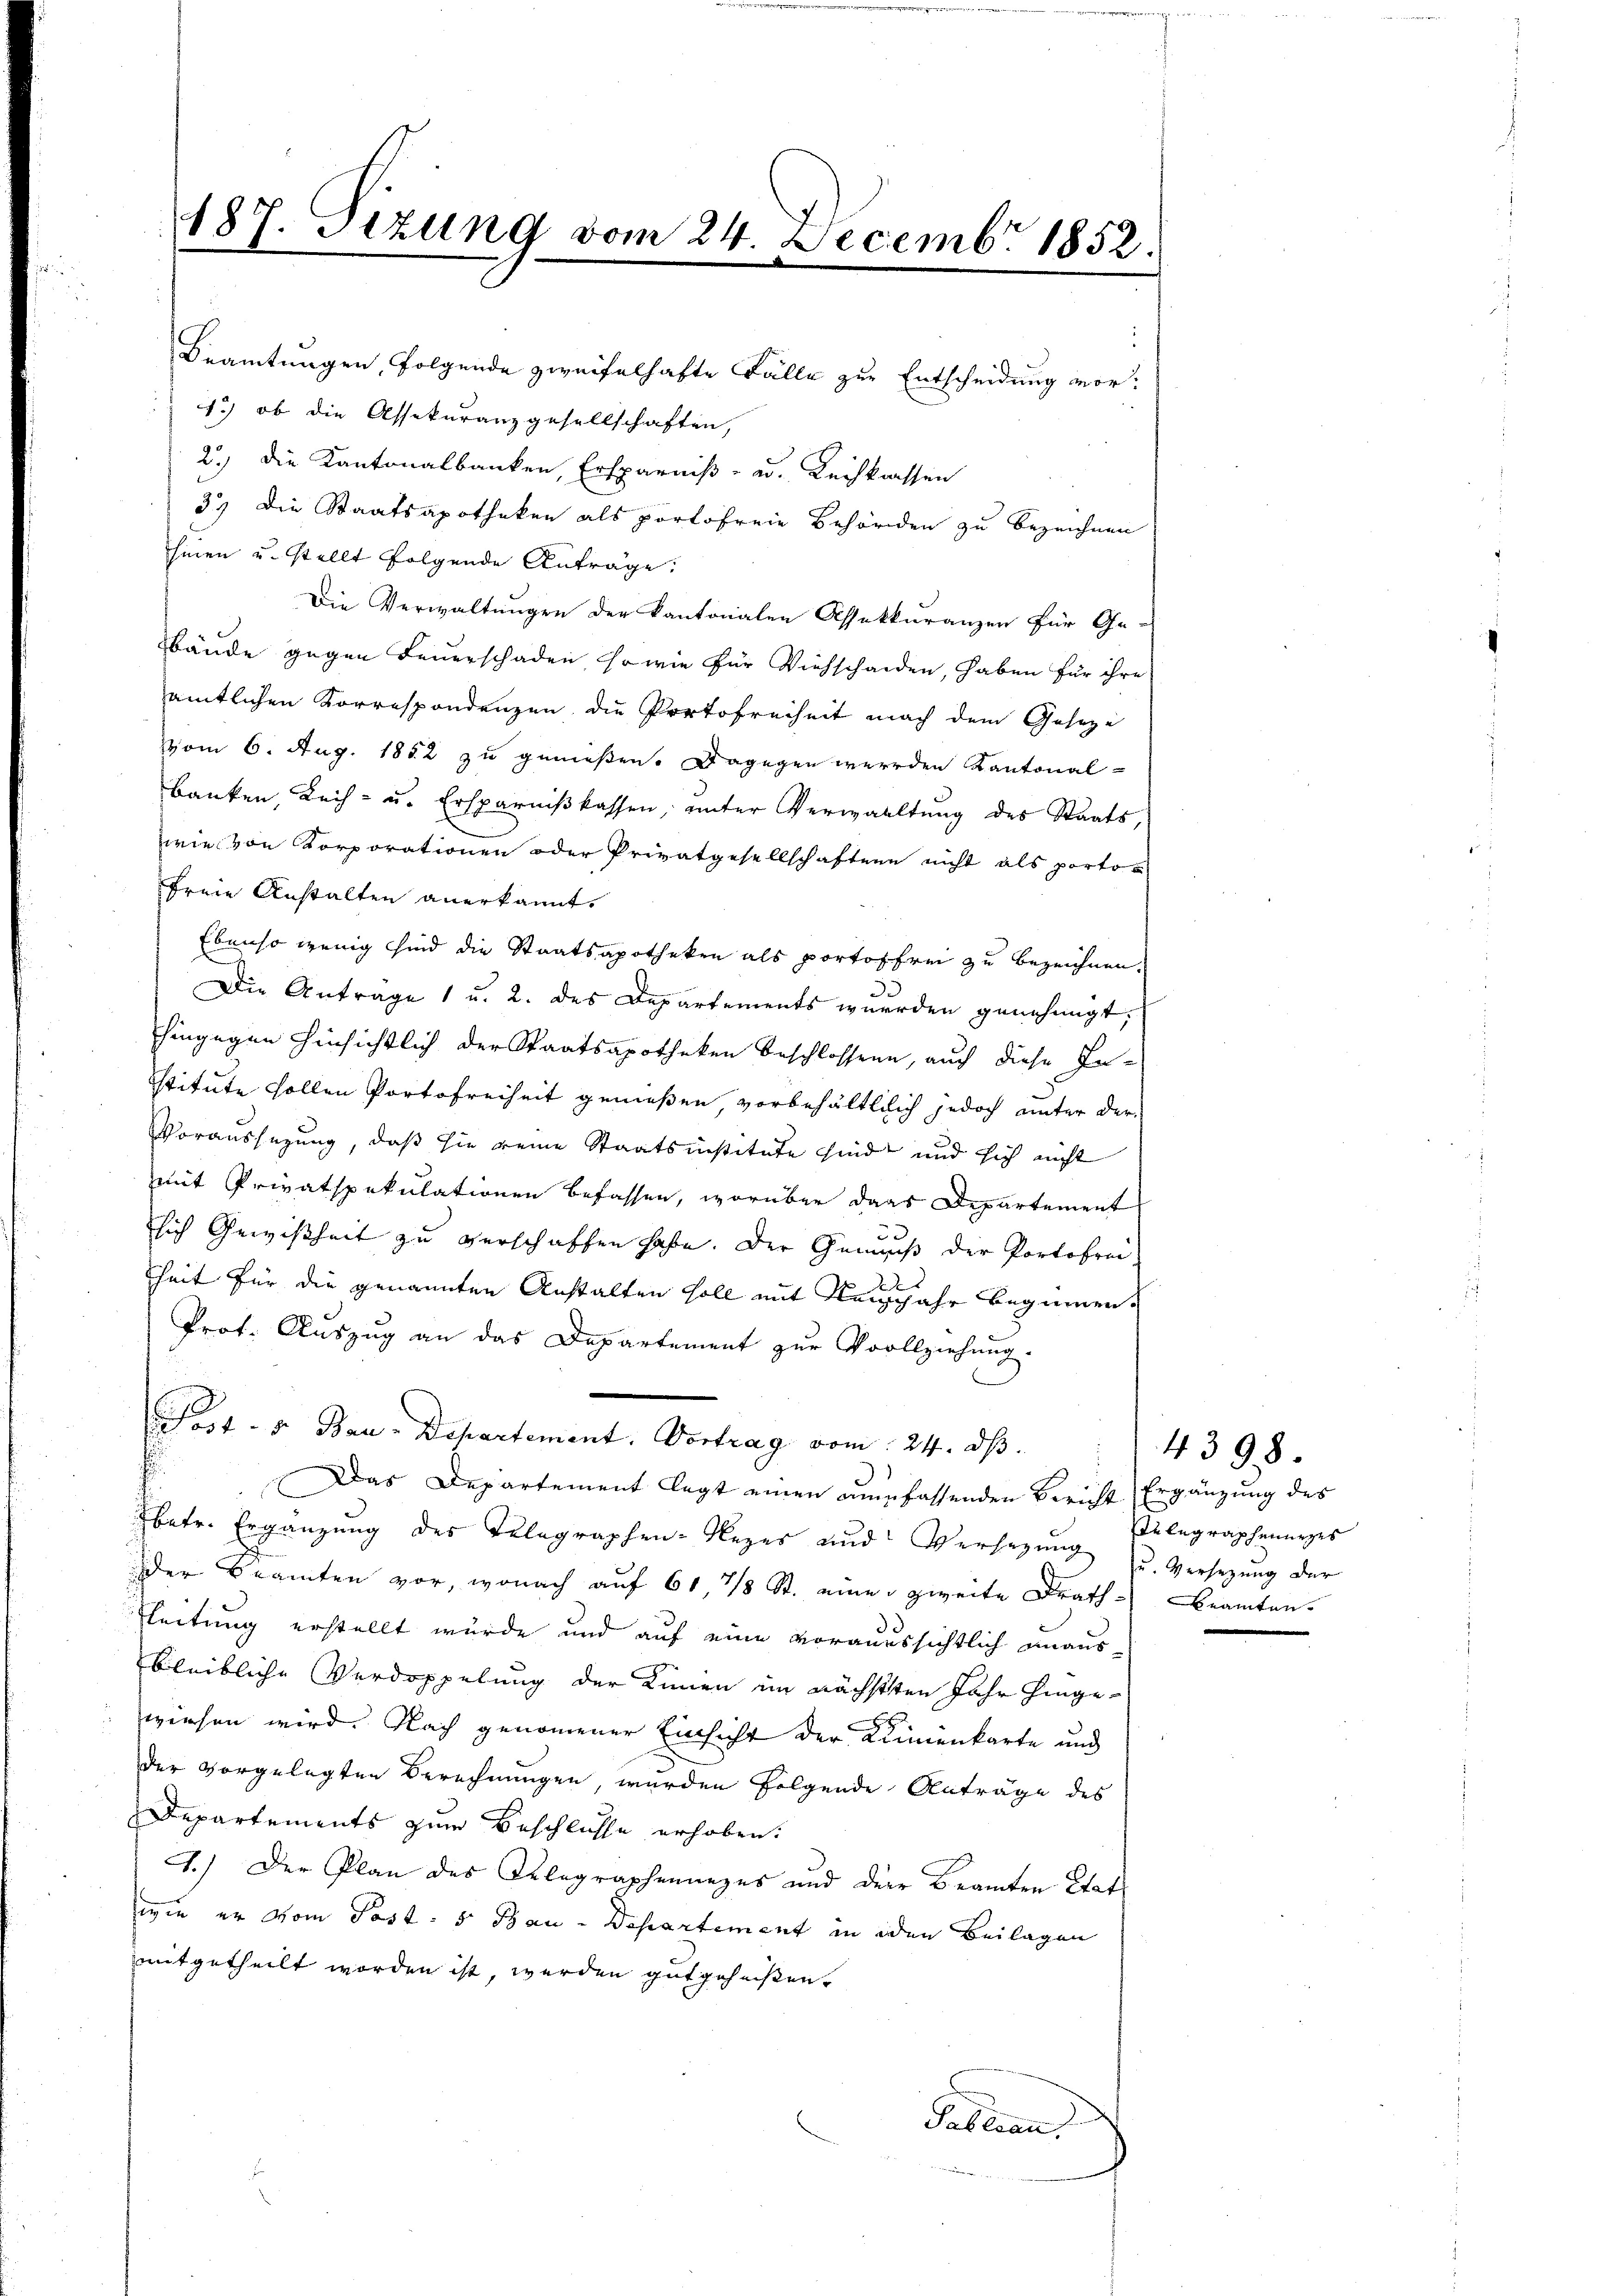
187. Sizung vom 24. Decembr 1852.

Beamtungen, folgende zweifelhafte Fälle zur Entscheidung vor:
1.) ob die Assekuranzgesellschaften,
2.) Die Kantonalbanken, Ersparniß- u. Leihkassen
37 die Staatsapotheken als portofreie Behörden zu bezeichnen
hinen u. stellt folgende Anträge.
Die Verwaltungen der Kantonalen Assekkuranzen für Ge-
bäude gegen Feuerschaden, so wie für Viehschaden, haben für ihre
sämtlichen Korrespondenzen die Protofreiheit nach dem Geseze
vom 6. Aug. 1852 zu genoßen. Dagegen werden Kantonal-
banken, Koch- u. Ersparnißkassen, unter Verwaltung des Staatswie von Korporationen oder Privatgesellschaften nicht als porto u
freie Anstalten anerkannt.
Ebenso wenig sind die Staatsapotheken als portoffrei zu bezeichnen.
Die Anträge 1 u. 2. des Departements werden genehmigt,
hingegen hinsichtlich der Staatsapotheken beschlossene, auch diese Institute sollen Portofreiheit genießen vorbehältlich jedoch unter der
Voraussezung, daß sie reine Staatsinstitute sind und sich nicht
mit Privatspekulationen befassen, worüber das Departement
sich Gewißheit zu verschaffen habe. Der Genuß der Portofrei-
22
heit für die genannten Anstalten soll mit Neujahr beginnen.
Prot. Auszug an das Departement zur Vollziehung.
at- u Bau-Departement. Vortrag vom 24. ds.
Das Departement legt einen verfassenden Bericht Ergänzung des
Ibetr. Ergänzung des Telegraphen-Reger und Versezung zu. Versezung der
der Beamten vor, wonach auf 61, 7 St. eine zweite Drath Beamten.
tleitung erstellt wurde und auf eine voraussichtlich unausbleibliche Verdoppelung der Kinnen im nächsten Jahr hingewiesen wird. Nach genommener Einsicht der Klinienkarte und
der vorgelegten Berechnungen, wurden folgende Anträge des
Departements zum Beschlüsse erhoben.
1.) Der Plan des Oelegraphenanzes und der Beamten Etat
wie er vom Post- 5 Bau-Departement in den Beilagen
mitgetheilt worden ist, werden gutgeheißen.
Pallian

Telegraphenerges

4398.